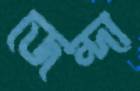
জেন্দা